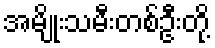
အမျိုးသမီးတစ်ဦးတို့